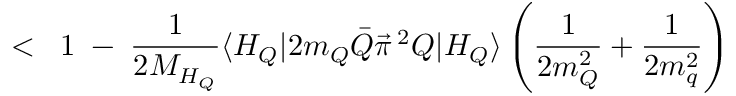
< \; \; 1 \; - \; \frac { 1 } { 2 M _ { H _ { Q } } } \langle H _ { Q } | 2 m _ { Q } \bar { Q } \vec { \pi } \, ^ { 2 } Q | H _ { Q } \rangle \left( \frac { 1 } { 2 m _ { Q } ^ { 2 } } + \frac { 1 } { 2 m _ { q } ^ { 2 } } \right)